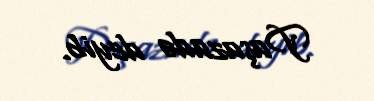
Paşazadə deyib.